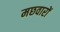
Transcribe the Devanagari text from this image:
मछवारों